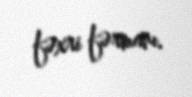
fəxri fərmanı.